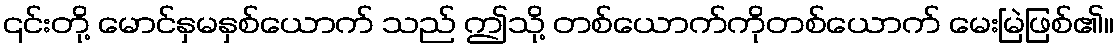
၎င်းတို့ မောင်နှမနှစ်ယောက် သည် ဤသို့ တစ်ယောက်ကိုတစ်ယောက် မေးမြဲဖြစ်၏။